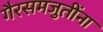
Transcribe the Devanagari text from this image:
गैरसमजुतींना